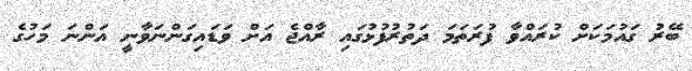
ބޭރު ގައުމަކަށް ކުރައްވާ ފުރަތަމަ ދަތުރުފުޅުގައި ރާއްޖެ އަށް ވަޑައިގަންނަވާނީ އަންނަ މަހުގެ